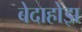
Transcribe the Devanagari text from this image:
बेदाहोझ